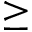
\geq